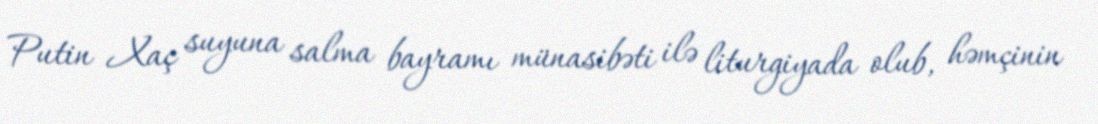
Putin Xaç suyuna salma bayramı münasibəti ilə liturgiyada olub, həmçinin